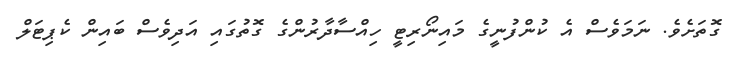
ގޮތަށެވެ. ނަމަވެސް އެ ކުންފުނީގެ މައިނޯރިޓީ ހިއްސާދާރުންގެ ގޮތުގައި އަދިވެސް ބައިން ކެޕިޓަލް